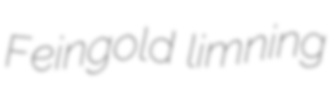
Feingold limning